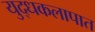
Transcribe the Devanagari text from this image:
युद्धकलापात